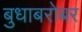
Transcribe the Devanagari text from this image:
बुधाबरोबर